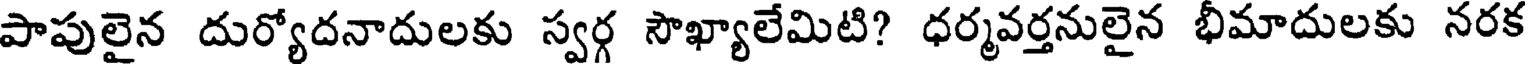
పాపులైన దుర్యోదనాదులకు స్వర్గ సౌఖ్యాలేమిటి? ధర్మవర్తనులైన భీమాదులకు నరక